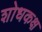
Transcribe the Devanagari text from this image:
शोधकक्ष